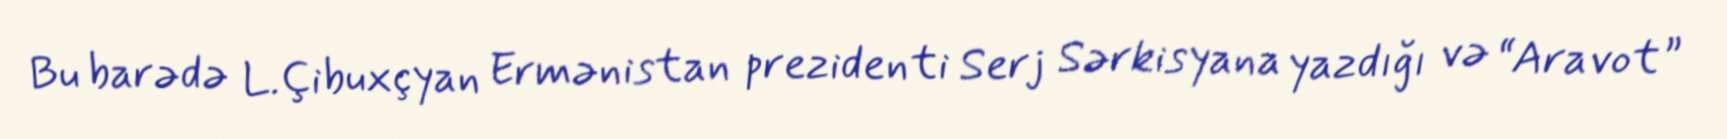
Bu barədə L.Çibuxçyan Ermənistan prezidenti Serj Sərkisyana yazdığı və “Aravot”